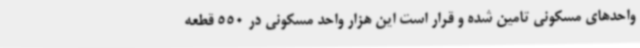
واحدهای مسکونی تامین شده و قرار است این هزار واحد مسکونی در 550 قطعه